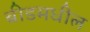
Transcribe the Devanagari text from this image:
बीडमधील